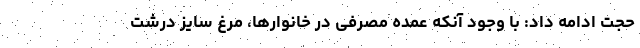
حجت ادامه داد: با وجود آنکه عمده مصرفی در خانوارها، مرغ سایز درشت